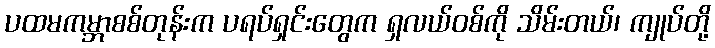
ပထမကမ္ဘာစစ်တုန်းက ပရပ်ရှင်းတွေက ရှလယ်ဝစ်ကို သိမ်းတယ်၊ ကျုပ်တို့